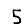
Digit: 5